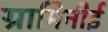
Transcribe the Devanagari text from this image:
ग्रामिनीई